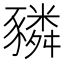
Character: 𧲂